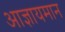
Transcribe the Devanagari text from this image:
आज्ञायमान